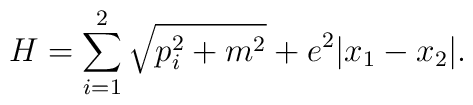
H = \sum_{i=1}^{2} \sqrt{p_{i}^{2} + m^{2}} + e^2  |x_{1} -x_{2}|.